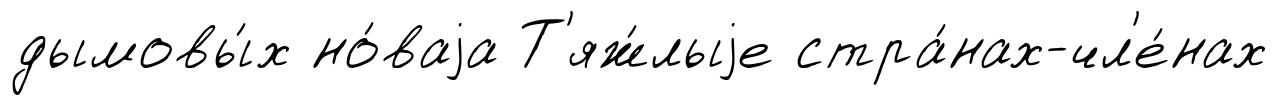
дымовы́х но́ваjа Т'яж́лыjе стра́нах-чл'е́нах